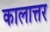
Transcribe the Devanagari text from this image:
कालात्तर